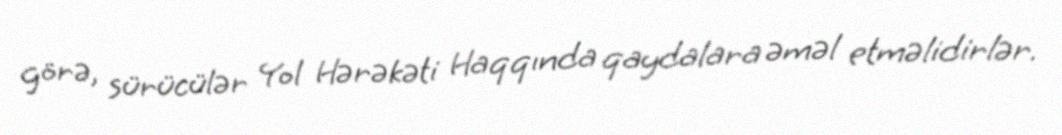
görə, sürücülər Yol Hərəkəti Haqqında qaydalara əməl etməlidirlər.